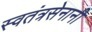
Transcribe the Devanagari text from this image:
स्वतंत्रसेनानी